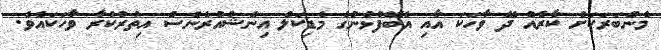
މެންބަރަކަށް ކާރެއް ދޭ ވާހަކަ އާއި އެބޭފުޅުންގެ މެޑިކަލް އިންޝުއުރެންްސް އިތުރުކުރާ ވާހަކައެވެ.